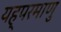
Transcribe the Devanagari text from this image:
यह्परमाणु